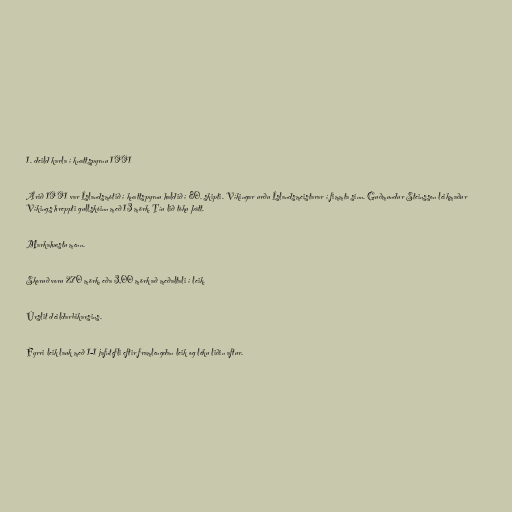
1. deild karla í knattspyrnu 1991

Árið 1991 var Íslandsmótið í knattspyrnu haldið í 80. skipti. Víkingar urðu Íslandsmeistarar í fimmta sinn. Guðmundur Steinsson leikmaður
Víkings hreppti gullskóinn með 13 mörk. Tíu lið tóku þátt.

Markahæstu menn.

Skoruð voru 270 mörk, eða 3,00 mörk að meðaltali í leik.

Úrslit deildarbikarsins.

Fyrri leik lauk með 1-1 jafntefli eftir framlengdan leik og léku liðin aftur.